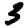
Digit: 3